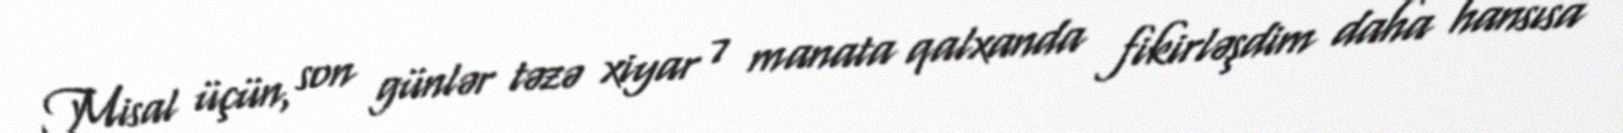
Misal üçün, son günlər təzə xiyar 7 manata qalxanda fikirləşdim daha hansısa